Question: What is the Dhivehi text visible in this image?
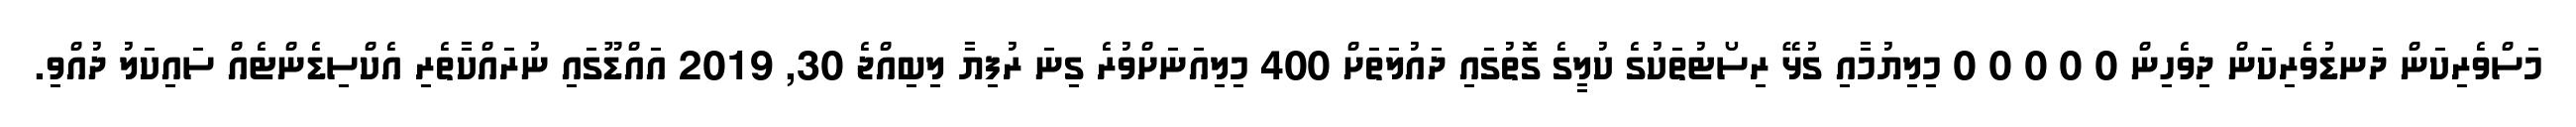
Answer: މަސްވެރިކަން ދަނޑުވެރިކަން ދިވެހިން 0 0 0 0 0 މިލިޔުމާއި ގުޅޭ ރިސޯޓުތަކުގެ ކުލީގެ ގޮތުގައި ދައުލަތަށް 400 މިލިއަނަށްވުރެ ގިނަ ރުފިޔާ ލިބިއްޖެ 30, 2019 އައްޑޫގައި ނުރައްކާތެރި އެކްސިޑެންޓެއް ސައިކަލު ދުއްވި.